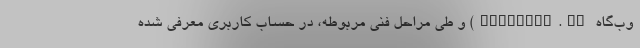
وب‌گاه ictgifts.ir) و طی مراحل فنی مربوطه، در حساب کاربری معرفی شده